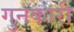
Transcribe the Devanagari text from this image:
गुनकारी